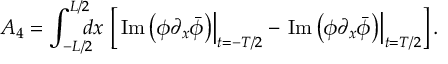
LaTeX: A _ { 4 } = \int _ { - L / 2 } ^ { L / 2 } \! \! \! \! d x \, \left[ \left. \mathrm { I m } \left( \phi \partial _ { x } \bar { \phi } \right) \right| _ { t = - T / 2 } - \left. \mathrm { I m } \left( \phi \partial _ { x } \bar { \phi } \right) \right| _ { t = T / 2 } \right] .